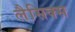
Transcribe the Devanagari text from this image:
लैसिक्स